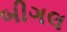
બીગલ